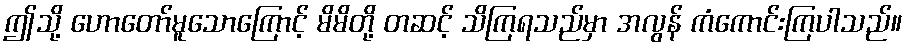
ဤသို့ ဟောတော်မူသောကြောင့် မိမိတို့ တဆင့် သိကြရသည်မှာ အလွန် ကံကောင်းကြပါသည်။